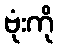
ဗုံးကို